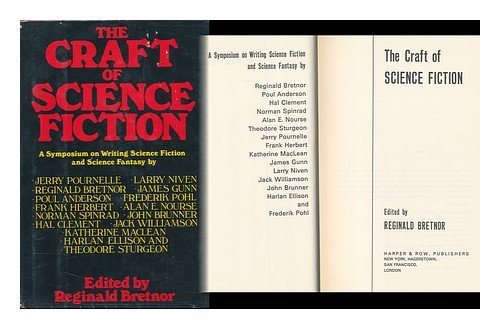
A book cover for The Craft of Science Fiction: A Symposium on Writing Science Fiction and Science Fantasy; Science Fiction & Fantasy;